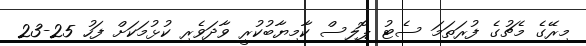
މިރޭގެ މެޗުގެ ފުރަތަމަ ސެޓު ޕޮލިސް ކާމިޔާބުކުރީ ވާދަވެރި ކުޅުމަކަށް ފަހު 25-23